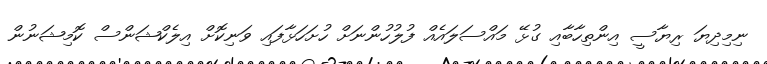
ނިމިދިޔަ ރިޔާސީ އިންތިހާބާއި ގުޅޭ މައްސަލައެއް ފުލުހުންނަށް ހުށަހަޅާފައި ވަނިކޮށް އިލެކްޝަންސް ކޮމިޝަނުން